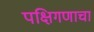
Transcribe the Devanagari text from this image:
पक्षिगणाचा